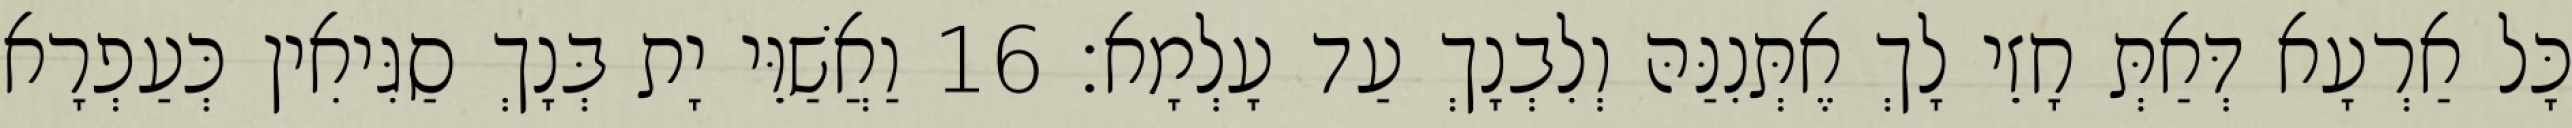
כָּל אַרְעָא דְּאַתְּ חָזֵי לָךְ אֶתְּנִנַּהּ וְלִבְנָךְ עַד עָלְמָא׃ 16 וַאֲשַׁוֵּי יָת בְּנָךְ סַגִּיאִין כְּעַפְרָא